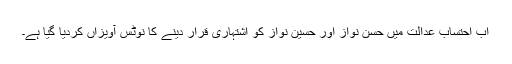
اب احتساب عدالت میں حسن نواز اور حسین نواز کو اشتہاری قرار دینے کا نوٹس آویزاں کردیا گیا ہے۔